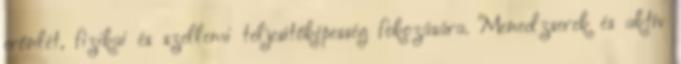
erőnlét, fizikai és szellemi teljesítőképesség fokozására. Menedzserek és aktív